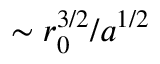
\sim r _ { 0 } ^ { 3 / 2 } / a ^ { 1 / 2 }